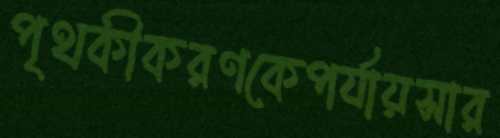
পৃথকীকরণকেপর্যায়সার